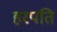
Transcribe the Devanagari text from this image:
हरपति